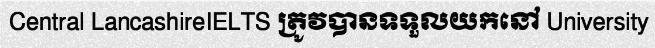
Central LancashireIELTS ត្រូវបានទទួលយកនៅ University